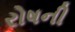
રોષની